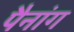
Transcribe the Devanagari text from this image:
पैनांग